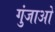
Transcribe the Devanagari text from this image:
गुंजाओ